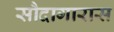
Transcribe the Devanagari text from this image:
सौदागारास